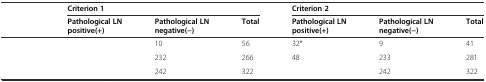
<table><thead><tr><td>[EMPTY_CELL]</td><td colspan="3"><b>Criterion 1</b></td><td colspan="3"><b>Criterion 2</b></td></tr><tr><td>[EMPTY_CELL]</td><td><b>Pathological LN positive(+)</b></td><td><b>Pathological LN negative(−)</b></td><td><b>Total</b></td><td><b>Pathological LN positive(+)</b></td><td><b>Pathological LN negative(−)</b></td><td><b>Total</b></td></tr></thead><tbody><tr><td>[EMPTY_CELL]</td><td>[EMPTY_CELL]</td><td>10</td><td>56</td><td>32*</td><td>9</td><td>41</td></tr><tr><td>[EMPTY_CELL]</td><td>[EMPTY_CELL]</td><td>232</td><td>266</td><td>48</td><td>233</td><td>281</td></tr><tr><td>[EMPTY_CELL]</td><td>[EMPTY_CELL]</td><td>242</td><td>322</td><td>[EMPTY_CELL]</td><td>242</td><td>322</td></tr></tbody></table>